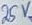
Text: 25V